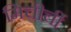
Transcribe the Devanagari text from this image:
मिचीर्ची